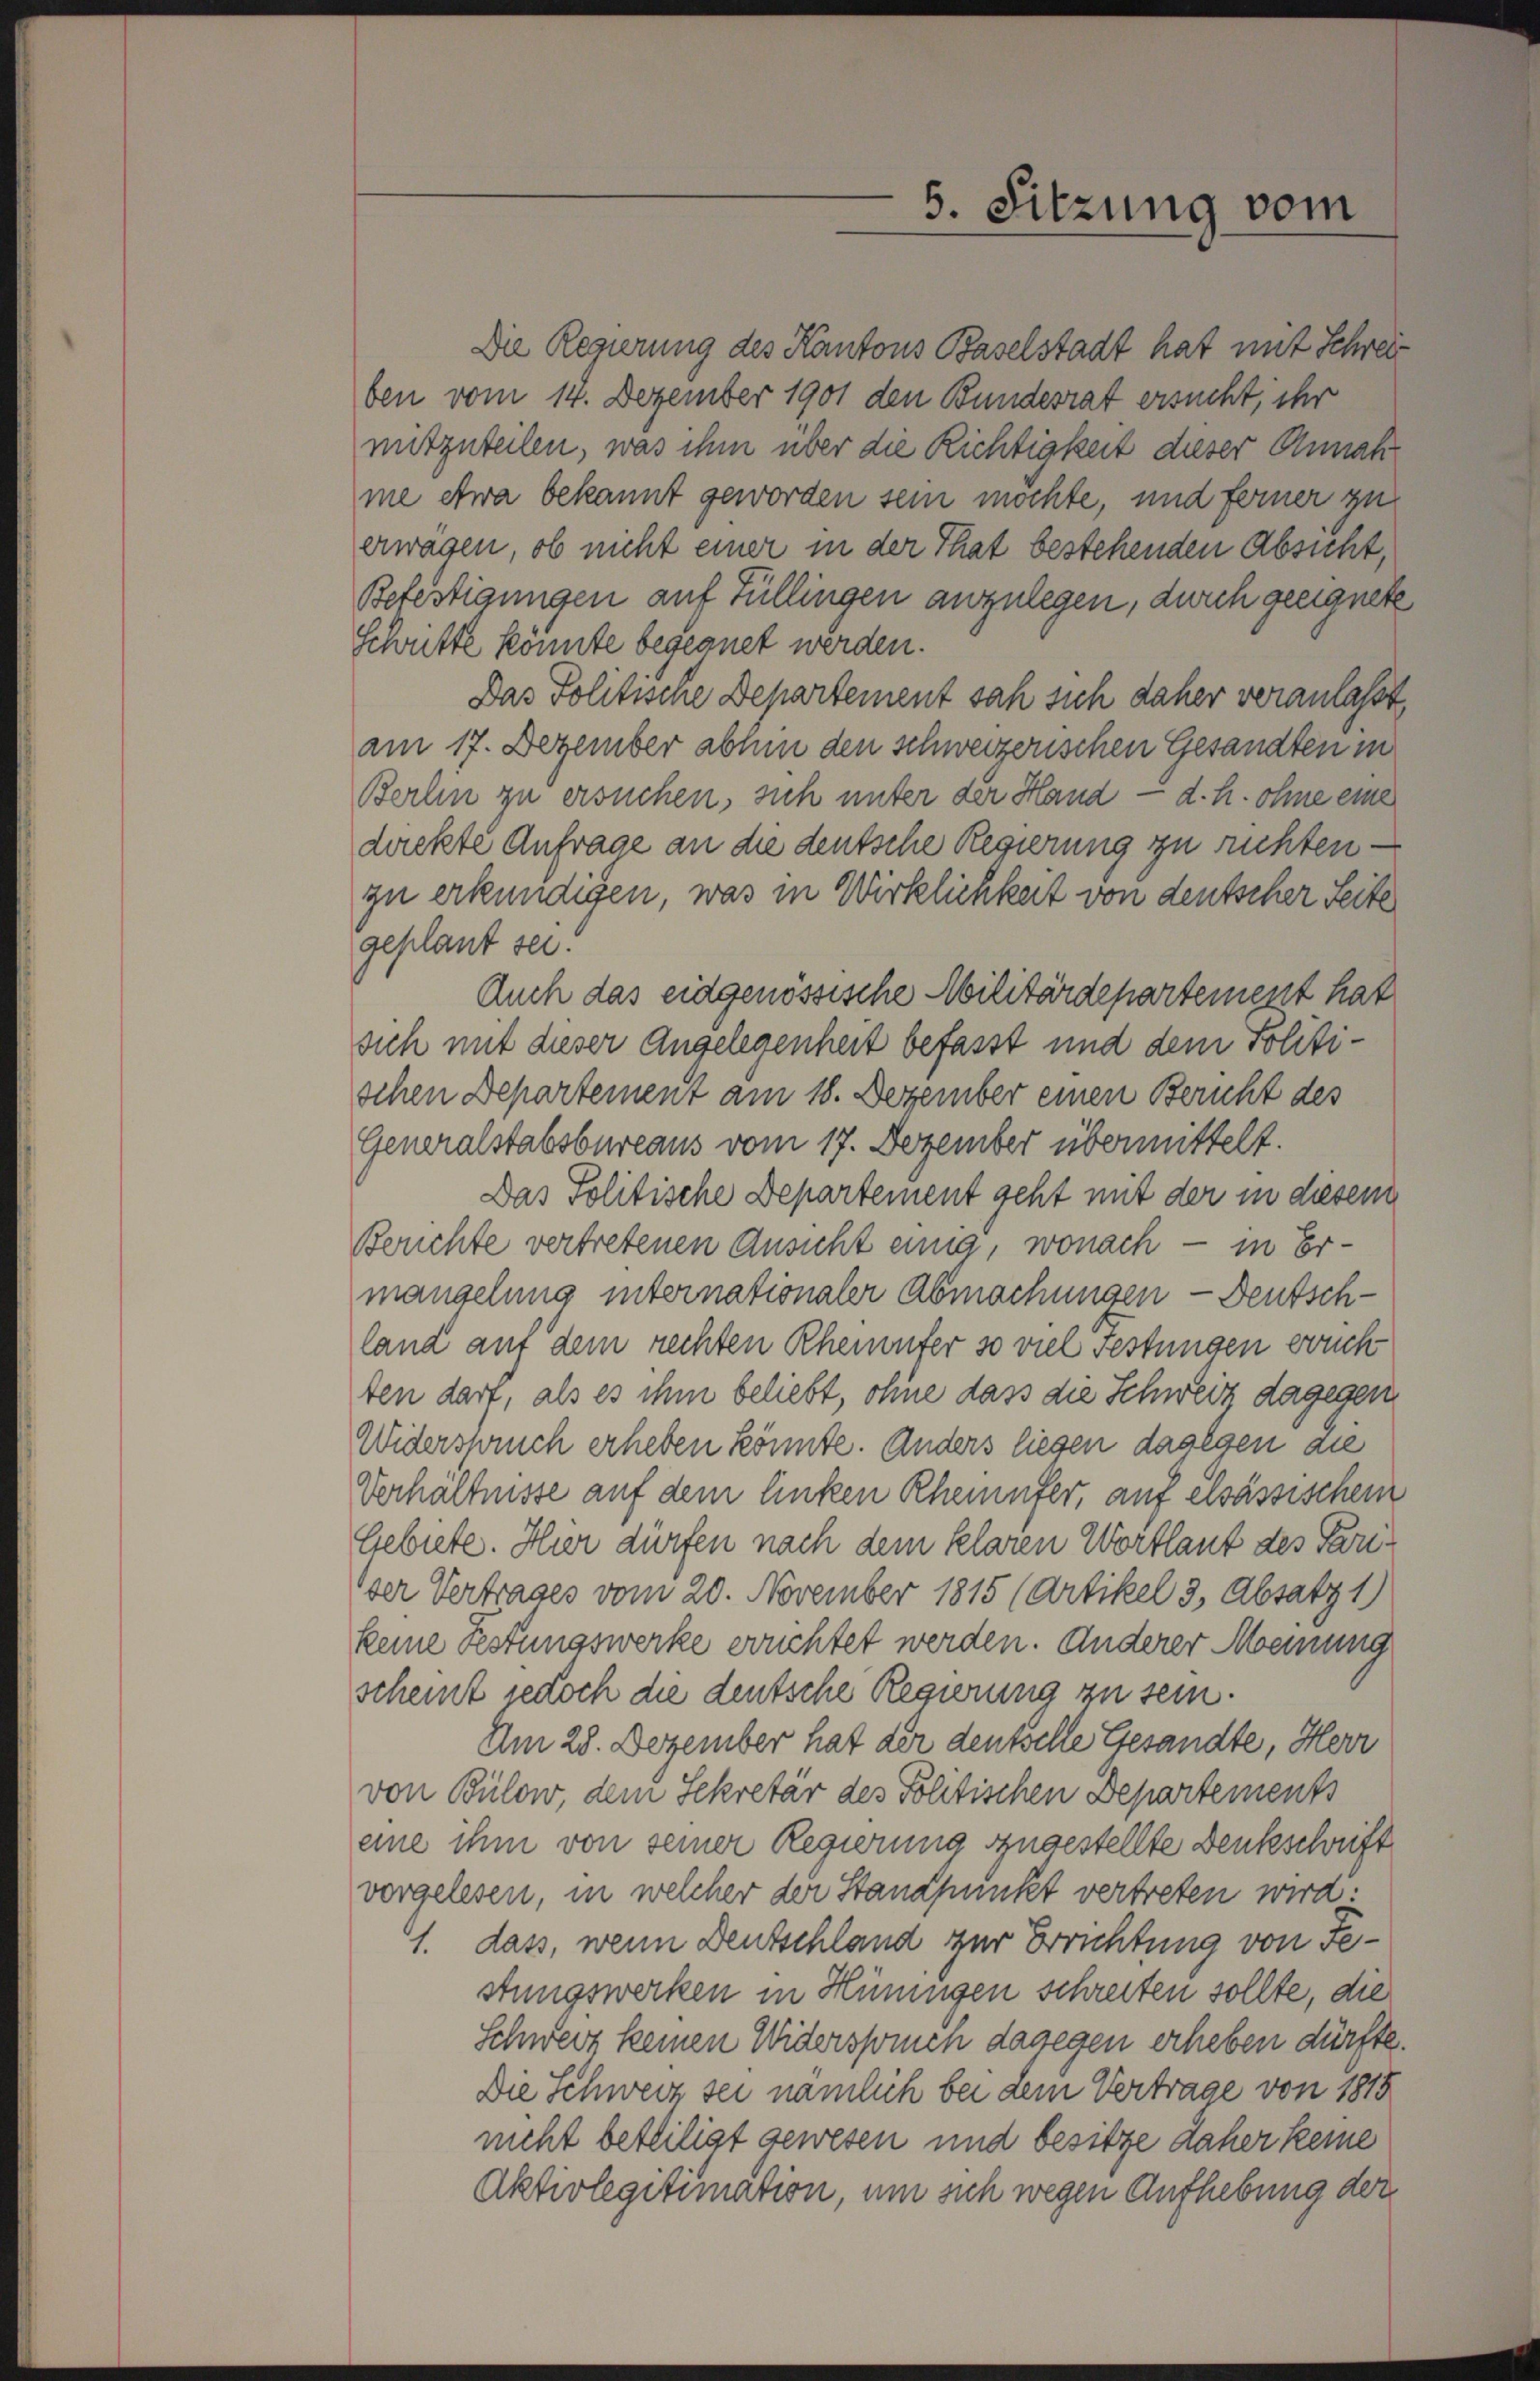
Die Regierung des Kantons Baselstadt hat mit Schreiben vom 14. Dezember 1901 den Bundesrat ersucht, ihr
mitzuteilen, was ihm über die Richtigkeit dieser Annah
me etwa bekannt geworden sein möchte, und ferner zu
erwagen, ob nicht einer in der That bestehenden Absicht,
Befestigungen auf Füllingen anzulegen, durch geeignete
Schritte konnte begegnet werden.
Das Politische Departement sah sich daher veranlaßt,
am 17. Dezember abhin den schweizerischen Gesandten in
Berlin zu ersuchen, sich unter der Hand — d. h. ohne eine
deckte Anfrage an die deutsche Regierung zu richten.
zu erkundigen, was in Wirklichkeit von deutscher Seite
geplant sei.
Auch das eidgenössische Militärdepartement hat
sich mit dieser Angelegenheit befasst und dem Politischen Departement am 18. Dezember einen Bericht des
Generalstabsbureaus vom 17. Dezember übermittelt.
Das Politische Departement geht mit der in diesem
Berichte vertretenen Ansicht einig, wonach - in Ermangelung internationaler Abmachungen — Deutschland auf dem rechten Rheinufer so viel Festungen bruch
ten darf, als es ihm beliebt, ohne dass die Schweiz dagegen
Widerspruch erheben könnte. Anders liegen dagegen au
Verhältnisse auf dem linken Rheinfer, auf elsassischem
Gebiete. Hier dürfen nach dem klaren Wortlaut des Pariser Vertrages vom 20. November 1815 (Artikel 3, Absatz 1)
keine Festungswerke eruchtet werden. Anderer Meinung
scheint jedoch die deutsche Regierung zu sein.
Am 28. Dezember hat der deutselle Gesandte, Herr
von Bülow, dem Sekretär des Politischen Departements
eine ihm von seiner Regierung zugestellte Denkschrift
vorgelesen, in welcher der Standpunkt vertreten wird.
1. dass, wenn Deutschland zur Errichtung von Festungswerken in Hüningen schreiten sollte, die
Schweiz keinen Widersponen dagegen erheben dürfte.
Die Schweiz sei nämlich bei dem Vertrage von 1815
nicht beteiligt gewesen und besitze daher keine
Aktivlegitimation, um sich wegen Aufhebung der

5. Sitzung vom